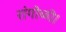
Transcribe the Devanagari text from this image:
रांगोळी।